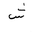
Letter: _shin